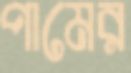
পামের